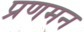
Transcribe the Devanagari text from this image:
प्रणमन